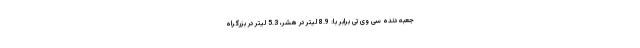
جعبه دنده سی وی تی برابر با: 8.9 لیتر در هشر، 5.3 لیتر در بزرگراه